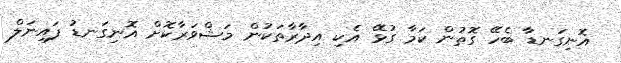
އޮނިގަނޑާ ބެހޭ ގޮތުން ކަމާ ގުޅޭ އެކި އިދާރާތަކުން މަޝްވަރާކޮށް އޮނިގަނޑު ފައިނަލް